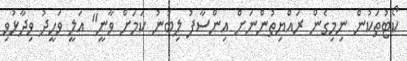
ކޯޓުތަކުން ނިމިގެން ރައްޔިތުންނަށް އިންސާފު ލިބުނު ކަމަށް ވާނީ" އަލީ ވަހީދު ވިދާޅުވި